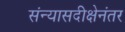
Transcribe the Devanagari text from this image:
संन्यासदीक्षेनंतर